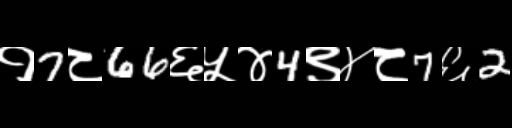
Text: १7८66६५४4९४८7६2